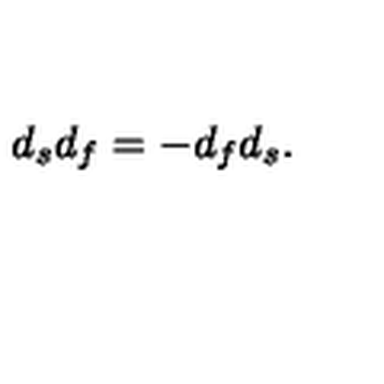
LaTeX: d _ { s } d _ { f } = - d _ { f } d _ { s } .